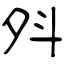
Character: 斘